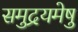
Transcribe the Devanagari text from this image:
समुद्रयमेषु